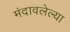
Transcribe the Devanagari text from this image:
मंदावलेल्या